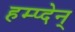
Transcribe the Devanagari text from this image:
हम्प्देन्